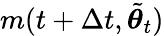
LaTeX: m(t+\Delta t,\tilde{{\boldsymbol{\theta}}}_{t})